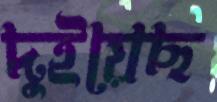
দুইয়েছ